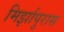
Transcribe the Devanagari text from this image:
मिर्झापुरास